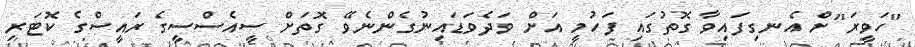
"ހަވީރަ"ށް އެނގިފައިވާ ގޮތުގައި ފަހުމީ އަށް ވަދެވަޑައިނުގެންނެވޭ ގޮތަށް ސީއެސްސީގެ ރައީސްގެ ކޮޓަރި